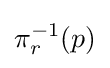
\pi _{r}^{-1}(p)